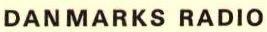
DANMARKS RADIO